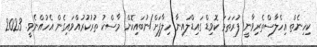
ކިހިނެތް އިހްލާސްތެރިވާނީ ފުރަތަމަ ކޮވިޑް ގައިޑްލައިނާ ހިލާފަށް/ނުބައިކޮން މާސްކު ތުރުކުރުއްވައިގެން އެހުއްނެވީ. 2023